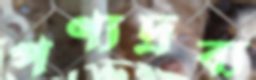
পণ্যদ্রব্য